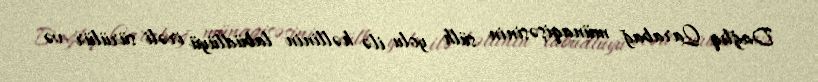
Dağlıq Qarabağ münaqişəsinin sülh yolu ilə həllinin labüdlüyü irəli sürülür və